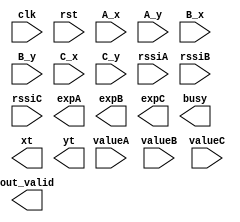
`timescale 1ns/10ps
module RFILE(clk, rst, A_x, A_y, B_x, B_y, C_x, C_y, rssiA, rssiB, rssiC, valueA, valueB, valueC, expA, expB, expC, busy, out_valid, xt, yt);
input           clk;
input           rst;
input  [7:0]    A_x;
input  [7:0]    A_y; 
input  [7:0]    B_x; 
input  [7:0]    B_y; 
input  [7:0]    C_x; 
input  [7:0]    C_y;
input  [19:0]   rssiA;
input  [19:0]   rssiB;
input  [19:0]   rssiC;
input  [15:0]   valueA;
input  [15:0]   valueB;
input  [15:0]   valueC;
output [11:0]   expA;
output [11:0]   expB;
output [11:0]   expC;
output          busy;
output          out_valid;
output [7:0]    xt;
output [7:0]    yt;

endmodule